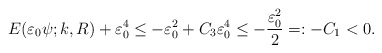
\begin{align*}E(\varepsilon_{0} \psi;k,R) + \varepsilon_{0}^{4} \leq - \varepsilon_{0}^{2} + C_{3} \varepsilon_{0}^{4} \leq - \frac{ \varepsilon_{0}^{2} }{2} =: -C_{1} < 0. \end{align*}